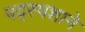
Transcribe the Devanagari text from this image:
पद्स्पशाने